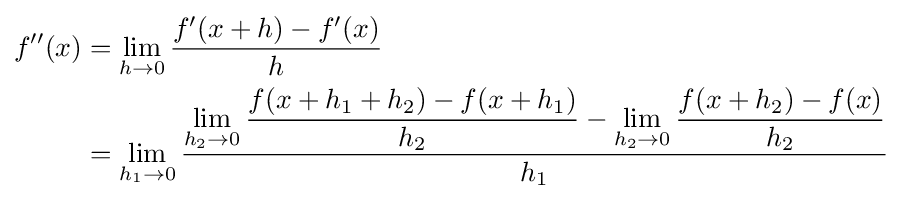
{\begin{aligned}f''(x)&=\lim _{h\to 0}{\frac {f'(x+h)-f'(x)}{h}}\\&=\lim _{h_{1}\to 0}{\frac {\lim \limits _{h_{2}\to 0}{\dfrac {f(x+h_{1}+h_{2})-f(x+h_{1})}{h_{2}}}-\lim \limits _{h_{2}\to 0}{\dfrac {f(x+h_{2})-f(x)}{h_{2}}}}{h_{1}}}\end{aligned}}